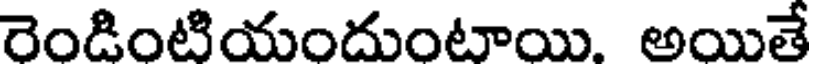
రెండింటియందుంటాయి. అయితే